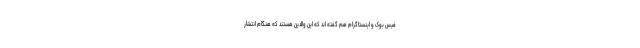
فیس بوک و اینستاگرام هم گفته اند که این والدین هستند که هنگام انتشار